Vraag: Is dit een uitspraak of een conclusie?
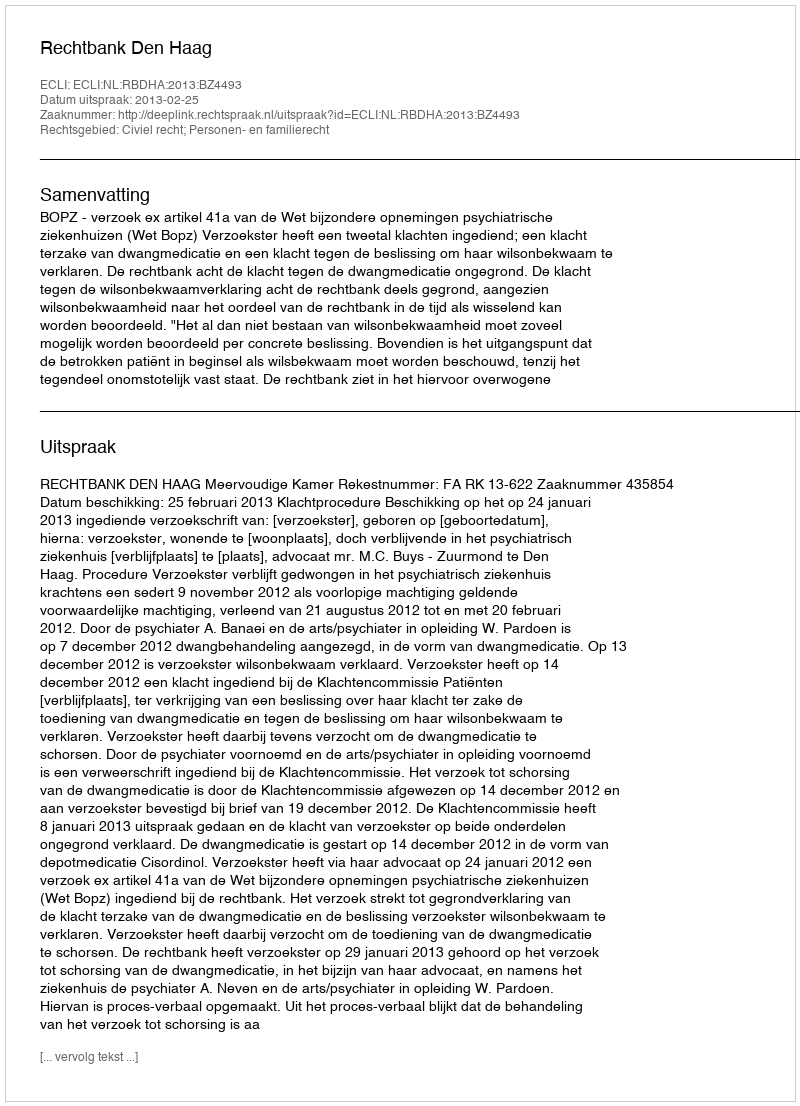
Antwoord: Uitspraak